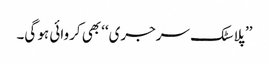
’’پلاسٹک سرجری‘‘ بھی کروائی ہو گی۔